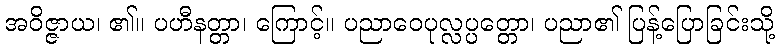
အဝိဇ္ဇာယ၊ ၏။ ပဟီနတ္တာ၊ ကြောင့်။ ပညာဝေပုလ္လပ္ပတ္တော၊ ပညာ၏ ပြန့်ပြောခြင်းသို့